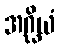
အဂ္ဃိယံ